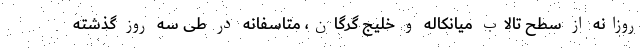
روزانه از سطح تالاب میانکاله و خلیج گرگان، متاسفانه در طی سه روز گذشته